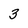
Character: 3